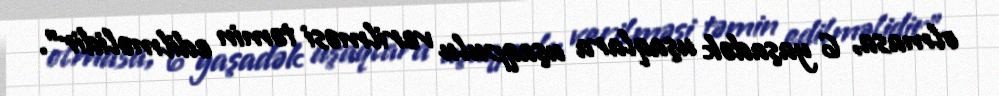
olmasa, 6 yaşadək uşaqlara uşaqpulu verilməsi təmin edilməlidir”.